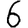
Digit: 6